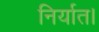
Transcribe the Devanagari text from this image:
निर्यात।